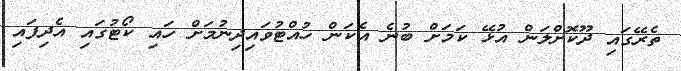
ތެރޭގައި ދޫކޮށްލަން އުޅޭ ކަމަށް ބުނެ އެކަން ހުއްޓުވައިދިނުމަށް ހައި ކޯޓުގައި އެދިފައި